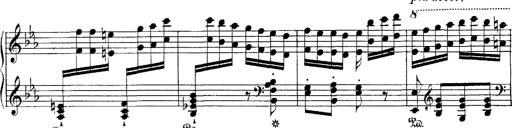
Title: Hungarian Rhapsody No.4
Composer: Franz Liszt
Key: E-flat major